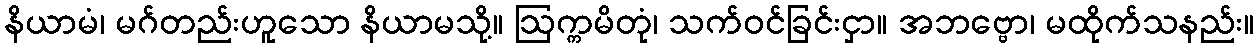
နိယာမံ၊ မဂ်တည်းဟူသော နိယာမသို့။ ဩက္ကမိတုံ၊ သက်ဝင်ခြင်းငှာ။ အဘဗ္ဗော၊ မထိုက်သနည်း။